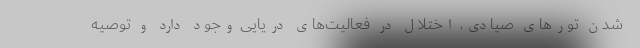
شدن تور‌های صیادی، اختلال در فعالیت‌های دریایی وجود دارد و توصیه